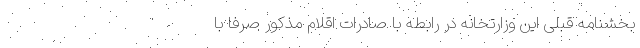
بخشنامه قبلی این وزارتخانه در رابطه با صادرات اقلام مذکور صرفاً با